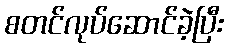
စတင်လုပ်ဆောင်ခဲ့ပြီး